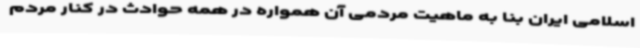
اسلامی ایران بنا به ماهیت مردمی آن همواره در همه حوادث در کنار مردم